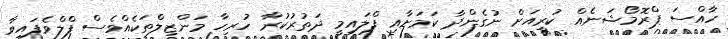
ހާއްސަ ޕްރޮމޯޝަނެއް ކުރިއަށް ނުގެންދާ ކަަމަށާއި ފްލައިމީ ދަތުރުކުރާ ހުރިހާ މަންޒިލްތަކެއްވެސް ފްލްވެފައިވާ